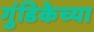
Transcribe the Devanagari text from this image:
गुंडिकेच्या